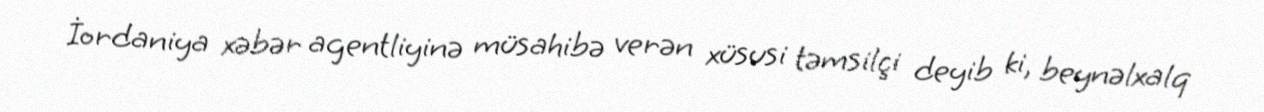
İordaniya xəbər agentliyinə müsahibə verən xüsusi təmsilçi deyib ki, beynəlxalq